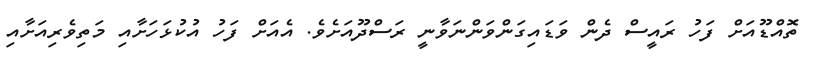
ތޮއްޑޫއަށް ފަހު ރައީސް ދެން ވަޑައިގަންވަންނަވާނީ ރަސްދޫއަށެވެ. އެއަށް ފަހު އުކުޅަހަށާއި މަތިވެރިއަށާއި